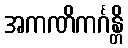
အကဏိကင်္ဂန္တိ